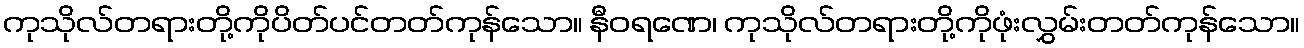
ကုသိုလ်တရားတို့ကိုပိတ်ပင်တတ်ကုန်သော။ နီဝရဏေ၊ ကုသိုလ်တရားတို့ကိုဖုံးလွှမ်းတတ်ကုန်သော။